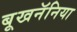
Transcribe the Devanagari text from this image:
बूखनॅनिया